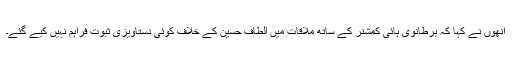
اُنھوں نے کہا کہ برطانوی ہائی کمشنر کے ساتھ ملاقات میں الطاف حسین کے خلاف کوئی دستاویزی ثبوت فراہم نہیں کیے گئے۔